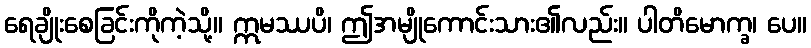
ရေချိုးစေခြင်းကိုကဲ့သို့။ ဣမဿပိ၊ ဤအမျိုကောင်းသား၏လည်း။ ပါတိမောက္ခ၊ ပေ။